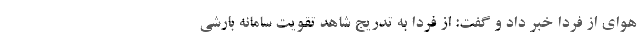
هوای از فردا خبر داد و گفت: از فردا به تدریج شاهد تقویت سامانه بارشی